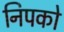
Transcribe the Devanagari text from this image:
निपको